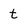
Character: t